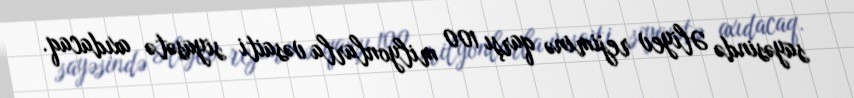
sayəsində Əliyev rejiminə qarşı 100 milyonlarla vəsaiti siyasətə axıdacaq.